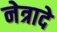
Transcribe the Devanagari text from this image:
नेत्रादे